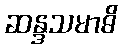
ဆန္ဒသမာဓိ